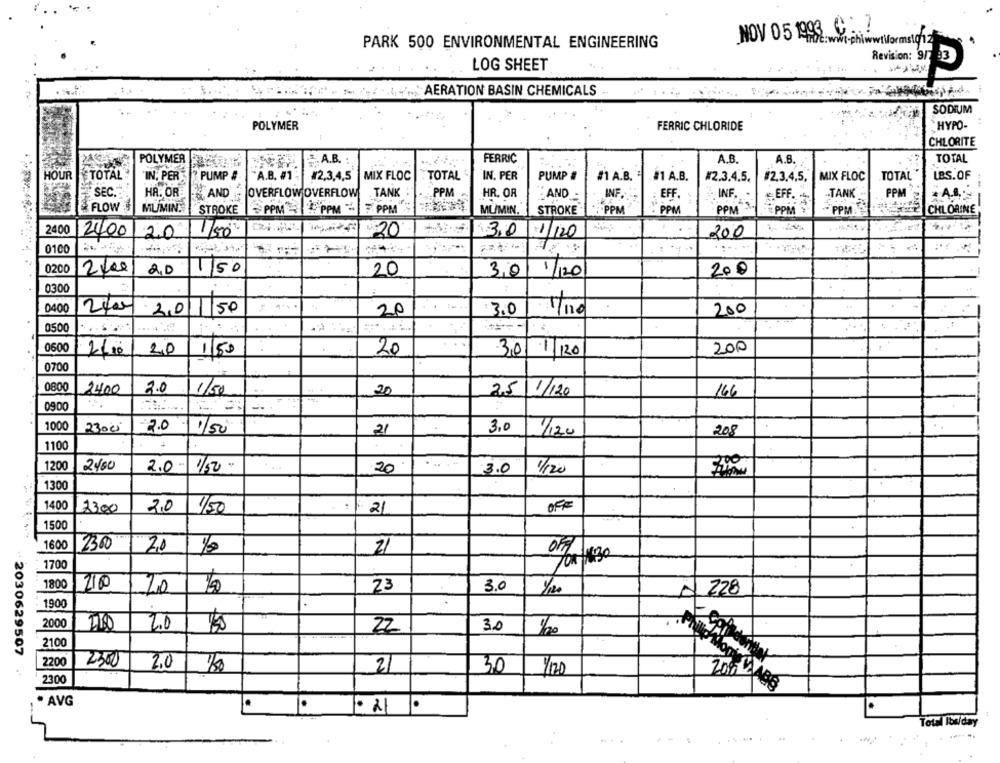
NOV 05 1998 C 7
PARK 500 ENVIRONMENTAL ENGINEERING
2-phiwwtiformsich
LOG SHEET
Revision: 95
AERATION BASIN CHEMICALS
SODIUM
POLYMER
FERRIC CHLORIDE
HYPO-
CHLORITE
POLYMER
. A.B. :
FERRIC
A.B.
A.B.
TOTAL
HOUR TOTAL
PUMP #
MIX FLOC
TOTAL
IN. PER
PUMP #
#1 A.B.
#1 A.B.
MIX FLOC
TOTAL
LBS.OF
IN, PER
"A.B. #1 : #2,3,4,5
#2.3.4.5.
#2,3,4,5,
SEC.
PPM
HA. OR
AND
OVERFLOW OVERFLOW
TANK
PPM
HR. OR
:AND
INF.
EFF.
INF ...
# EFF.
.- TANK
. A ...
FLOW
MUMIN.
STROKE
PPMFPPM
FPPM
MUMIN.
STROKE
PPM
PPM
PPM * *
PPM
PPM
CHLORINE
2400
12400
20
Nº 20
13,0
1/20
200
0100
....
0200
20
150
20
3,0
1/120
200
0300
:...
0400
2400
2,0
150
20
3.0
1/110
200
0500
0600
20
1150
20
200
30/1/20
0700
0800
2400
2.0
1/5g
20
25
11/120
166
09:00
1000
23000
3.0
2.00/50
21
1/120
208
1100
1200
1/50-
2400
2.0-1
20
3.0
1/120
1300
1400
12300
2.0
1/50
21
OFF
1500
1600
2300
20
21
FOR16:30
1700
1800
210
3.0
20
23
228
1900
2000
2.0
30
22
1/20
2100
2030629507
2200
2300
2.0
2
30
1/170
2300
. AVG
Total los/day